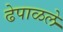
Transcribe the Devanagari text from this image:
ढेपाळले